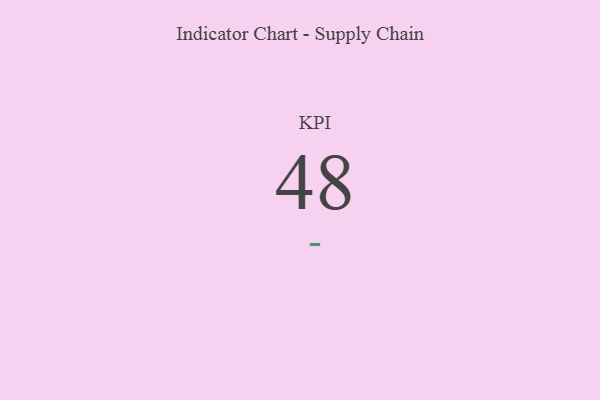
{"axis": {"x": "KPI", "y": "Value"}, "legend": [""], "data": [{"x": "KPI", "y": 48, "type": ""}]}